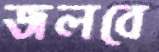
জলবে